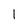
Character: l